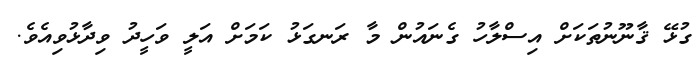
ގުޅޭ ޤާނޫނުތަކަށް އިސްލާހު ގެނައުން މާ ރަނގަޅު ކަމަށް އަލީ ވަހީދު ވިދާޅުވިއެވެ.